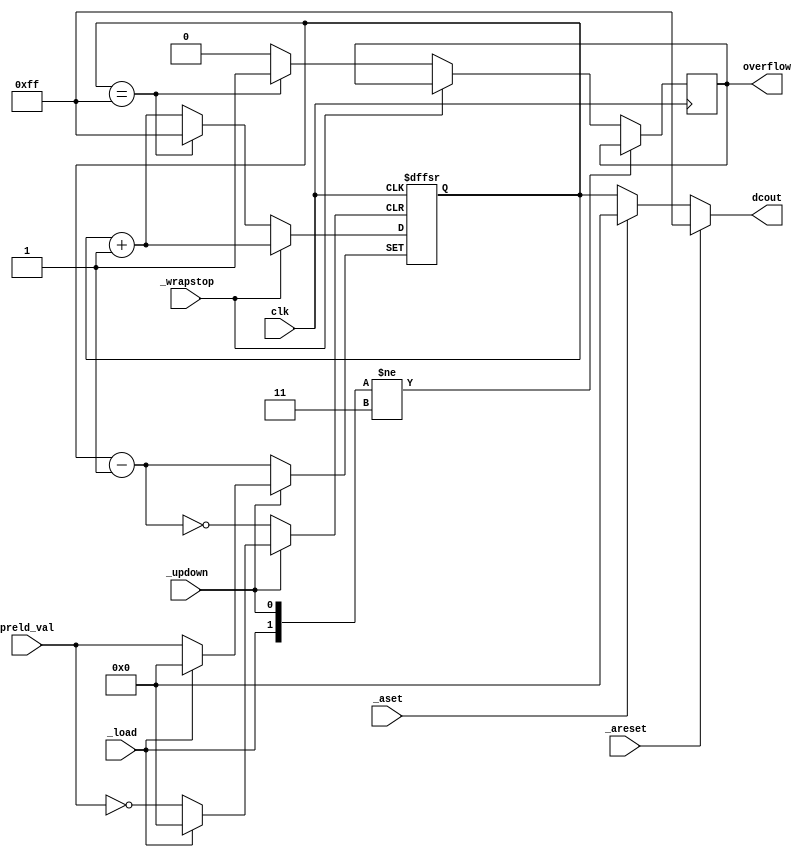
module counter8uni(clk, _areset, _aset, _load, preld_val, _updown, _wrapstop, dcout, overflow);
parameter countWidth = 8;

	input        clk, 
					_areset,
					_aset,
					_load,
					_updown, 
					_wrapstop;
	input [countWidth-1:0]  preld_val;

	output [countWidth-1:0] dcout;
	output overflow;
	
	reg [countWidth-1:0] dcout;
	reg [countWidth-1:0] counter;
	reg overflow;

	//e. _areset =1 makes the counter set to zero asynchronously, while 
	//       _aset =1 let the counter set to its maximum value asynchronously. 
	//   If none of them are high, the counter is operated regularly.
	always@(_areset, _aset, dcout)
	begin
		if (_areset == 1)
			dcout = 8'b1111_1111;
		else if (_aset == 1)
		   dcout = 8'b0000_0000;
		else
		   dcout = counter;
	end

	always@(posedge clk, negedge _load, negedge _updown)
	begin
	//f. If the signal load is active (high), 
	//   the the preload value (preld-val) will be loaded, 
	//   otherwise, no effect to the counter.
	   if (!_load)
		   counter <= preld_val;
		else
		begin
		//h. _updown indicates whether the counter 
		//   is counted upward (when high) or downward (when low).
			if (!_updown)
				counter <= counter - 1;
			else
			if (!_wrapstop)
			//i. _wrapstop is used to set the counting behavior. 
			//   If _wrapstop = 1, the counter will wrap around. (Ex. If the counting is upward , the counter will go back to zero and then recount again.) 
			//   If _wrapstop = 0, the counter will stop and issue overflow.
				if (counter == 8'b1111_1111)
				begin
					counter <= 8'b1111_1111;
					overflow <= 1;
				end
				else
				begin
					counter <= counter + 1;
					overflow <= 0;
				end
			else
				counter <= counter + 1;
		end
	end
	
endmodule




//k. You may add other signal additional pins and function as long as you clearly specify and explain.
//l. Hierarchy design is allowed; however, they must be specified.
//m. The design shall be implemented by using structural style and be able to identified major components.